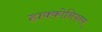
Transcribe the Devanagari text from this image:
हाक्कोनियन्स